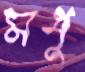
মধূ